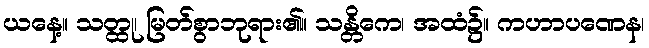
ယနေ့။ သတ္ထု၊ မြတ်စွာဘုရား၏။ သန္တိကေ၊ အထံ၌။ ကဟာပဏေန၊